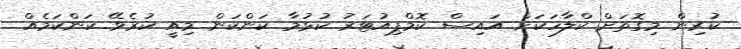
ކުރިން މިގޮތަށް ކްލާހަަކަށް އައިސް ކޮމްޕިއުޓަރު ކުޅުމާ ކަންކަން މިއީ ކުރެވޭ ކަންކަމެއް